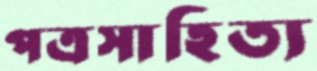
পত্রসাহিত্য